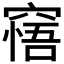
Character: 𥧝